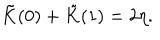
\tilde { K } ( 0 ) + \tilde { K } ( 1 ) = 2 \eta .